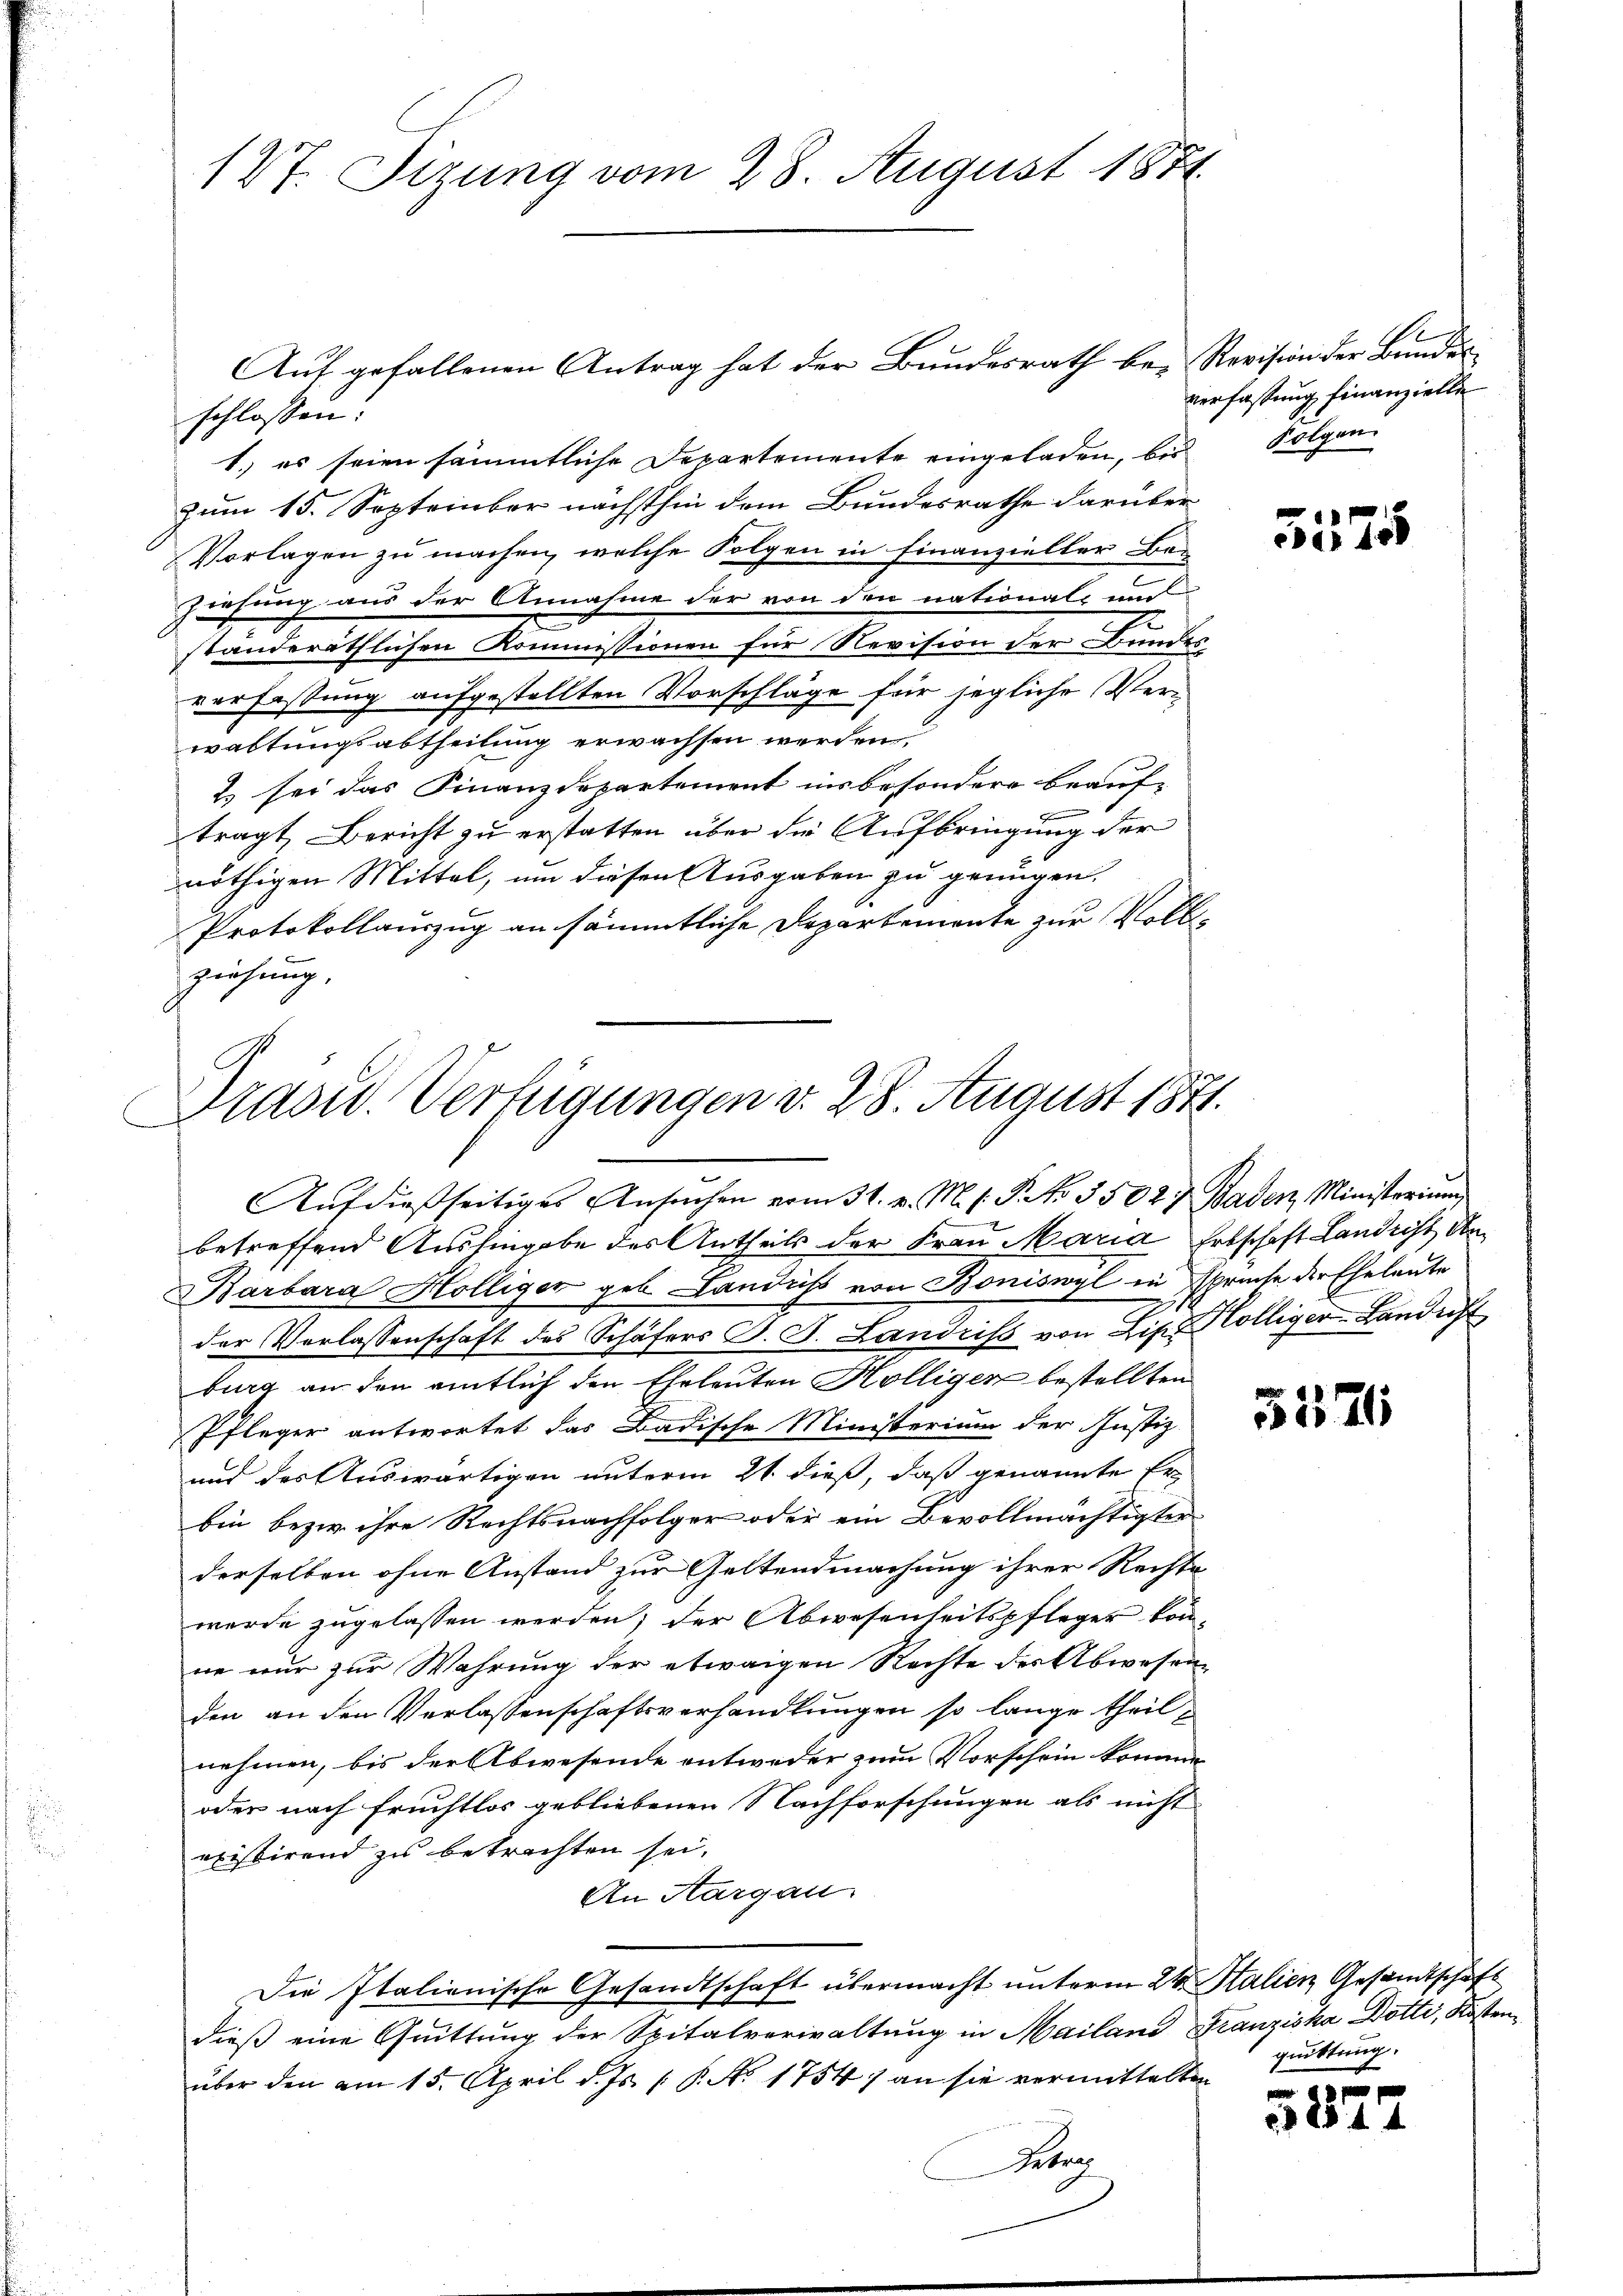
127. Sizung vom 28. August 1874.

Auf gefallenen Antrag hat der Bundesrath be- Revision der Bundesschlossen:
1. es seien sämmtliche Departemente eingeladen, bei Folgen.
zum 15. September nächsthin dem Bundesrathe darüber
Vorlagen zu machen, welche Folgen in Finanzieller Be¬
Ziehung aus der Annahme der von den nationals und
.
ständeräthlichen Kommissionen für Revision der Bundes,
verfassung aufgestellten Vorschläge für jegliche Verwaltungsabtheilung erwachsen werden.
2 sei das Finanzdepartement insbesondere beauf-
tragt, Bericht zu erstatten über die Aufbringung der
nöthigen Mittel, um diesen Ausgaben zu genügen.
Protokollauszug an sämmtliche Departemente zur Vollziehung,

Drasu. Verfügungen v. 28. August 1871.
n
Aŭfdießseitiges Ansŭchen vom 31. v. M. s. P. No 35027 Baden, Ministerium

betreffend Aushingabe des Antheils der Frau Maria, Erbschaft Landicht de
Barbara Hölliger geb. Landass von Boniswyl in Sprüche der Eheleute
der Verlassenschaft des Schäfers J. J. Landriss von Lips Hölliger-Landerst
burg an den amtlich den Eheleuten Hölligen bestellten
Pfleger antwortet das Badische Ministerium der Justiz
und des Auswärtigen unterm 21. dieß, daß genannte Er-
bin bezw. ihre Rechtsnachfolger oder ein Bevollmächtigter
derselben ohne Anstand zur Geltendmachung ihrer Rechte
werde zugelassen werden; der Abwesenheitspfleger kon-
ne nur zur Wahrung der etwaigen Rechte der Abwesenden an den Verlassenschaftsverhandlungen so lange theilnehmen, bis der Abwesende entweder zum Vorschein kommen.
oder nach Fruchtlos gebliebenen Nachforschungen als nicht
existirend zu betrachten sei.
An Aargau.
Die Italienische Gesandtschaft übermacht unterm 24. Stalien Gesandtschaft
dieß eine Quittung der Spitalverwaltung in Mailand Franziska Dotti, Kostenüber den am 15. April d. Js. [ P. No. 1754) an sie vermittelten Quittung.
Retrag

verfassung finanzielle

1
ca 450

5371

s
e
8544